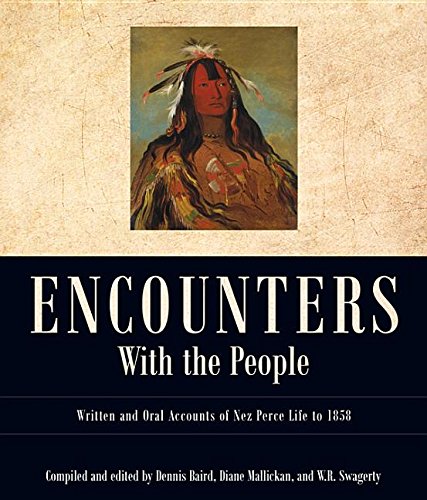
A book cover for Encounters with the People: Written and Oral Accounts of Nez Perce Life to 1858 (Voices from Nez Perce Country); Biographies & Memoirs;